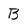
Character: B